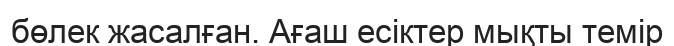
бөлек жасалған. Ағаш есіктер мықты темір